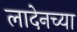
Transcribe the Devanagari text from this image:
लादेनच्या